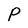
Character: P